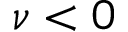
\nu < 0